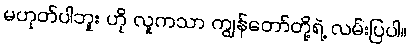
မဟုတ်ပါဘူး ဟို လူကသာ ကျွန်တော်တို့ရဲ့ လမ်းပြပါ။